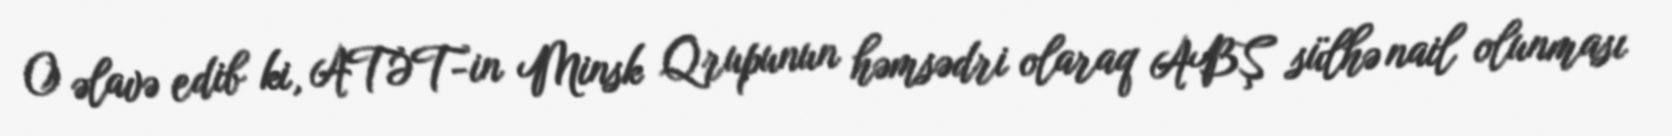
O əlavə edib ki, ATƏT-in Minsk Qrupunun həmsədri olaraq ABŞ sülhə nail olunması